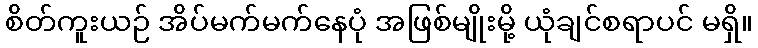
စိတ်ကူးယဉ် အိပ်မက်မက်နေပုံ အဖြစ်မျိုးမို့ ယုံချင်စရာပင် မရှိ။